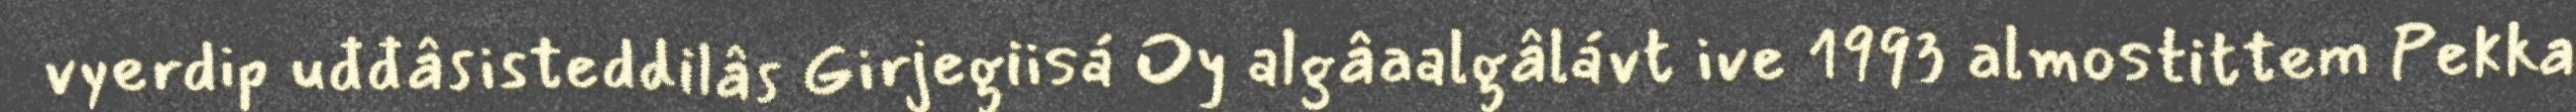
vyerdip uđđâsisteddilâs Girjegiisá Oy algâaalgâlávt ive 1993 almostittem Pekka